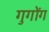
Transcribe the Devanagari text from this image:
गुगोंग